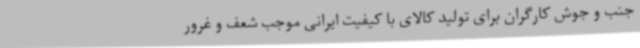
جنب و جوش کارگران برای تولید کالای با کیفیت ایرانی موجب شعف و غرور